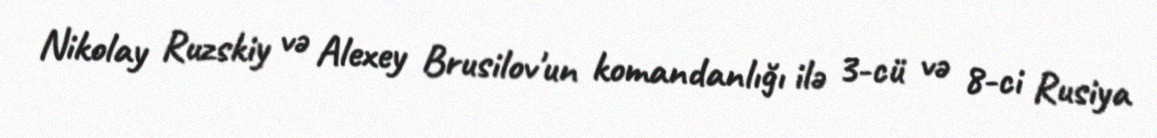
Nikolay Ruzskiy və Alexey Brusilov'un komandanlığı ilə 3-cü və 8-ci Rusiya